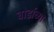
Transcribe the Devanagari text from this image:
बोर्डाच्‍या